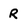
Character: R